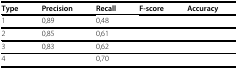
<table><thead><tr><td><b>Type</b></td><td><b>Precision</b></td><td><b>Recall</b></td><td><b>F-score</b></td><td><b>Accuracy</b></td></tr></thead><tbody><tr><td>1</td><td>0,89</td><td>0,48</td><td>[EMPTY_CELL]</td><td>[EMPTY_CELL]</td></tr><tr><td>2</td><td>0,85</td><td>0,61</td><td>[EMPTY_CELL]</td><td>[EMPTY_CELL]</td></tr><tr><td>3</td><td>0,83</td><td>0,62</td><td>[EMPTY_CELL]</td><td>[EMPTY_CELL]</td></tr><tr><td>4</td><td>[EMPTY_CELL]</td><td>0,70</td><td>[EMPTY_CELL]</td><td>[EMPTY_CELL]</td></tr></tbody></table>